Treatise on elephants
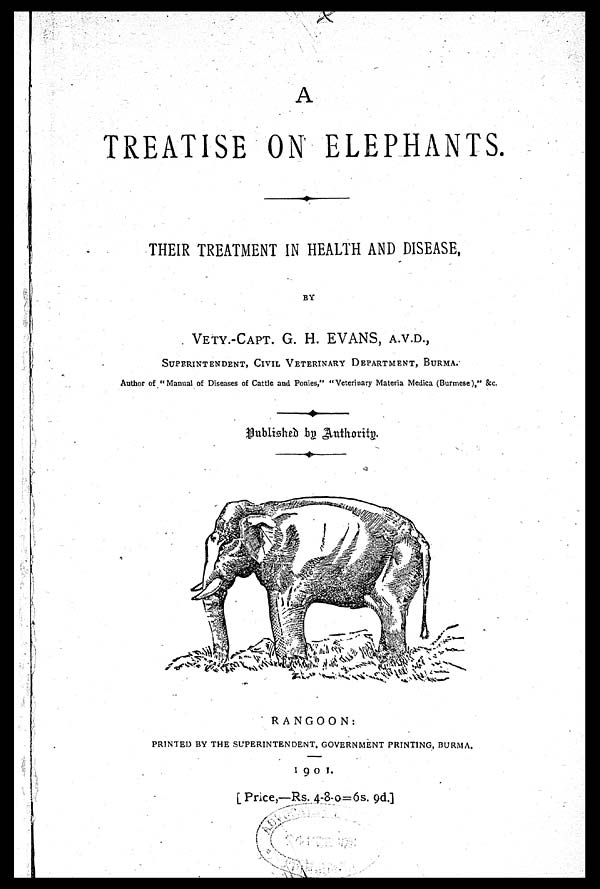
A
TREATISE ON ELEPHANTS.
THEIR TREATMENT IN HEALTH AND DISEASE,
BY
VETY.-CAPT. G. H. EVANS, A.V.D.,
SUPERINTENDENT, CIVIL VETERINARY DEPARTMENT, BURMA.
Author of "Manual of Diseases of Cattle and Ponies," "Veterinary Materia Medica (Burmese)," &c.
Published by Authority.
RANGOON:
PRINTED BY THE SUPERINTENDENT, GOVERNMENT PRINTING, BURMA.
1901.
[Price,—Rs. 4-8-0=6s. 9d.]